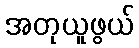
အတုယူဖွယ်